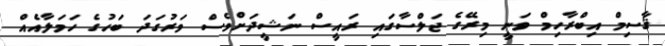
ޤާސިމް އިބްރާހިމް ވަނީ މިރޭގެ ޖަލްސާގައި ރައީސް ނަޝީދަށްވެސް ވަރުގަދަ ބަހުގެ ހަމަލާއެއް